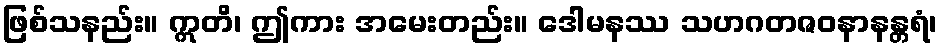
ဖြစ်သနည်း။ ဣတိ၊ ဤကား အမေးတည်း။ ဒေါမနဿ သဟဂတဇဝနာနန္တရံ၊